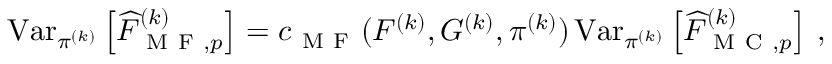
\begin{array} { r } { \operatorname { V a r } _ { \pi ^ { ( k ) } } \left[ \widehat { F } _ { \mathrm { ~ M ~ F ~ } , p } ^ { ( k ) } \right] = c _ { \mathrm { ~ M ~ F ~ } } ( F ^ { ( k ) } , G ^ { ( k ) } , \pi ^ { ( k ) } ) \operatorname { V a r } _ { \pi ^ { ( k ) } } \left[ \widehat { F } _ { \mathrm { ~ M ~ C ~ } , p } ^ { ( k ) } \right] \, , } \end{array}